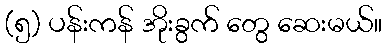
(၅) ပန်းကန် အိုးခွက် တွေ ဆေးမယ်။